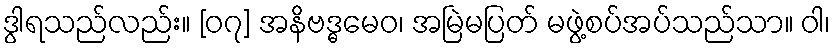
ဒွါရသည်လည်း။ [၀၇] အနိဗဒ္ဓမေဝ၊ အမြဲမပြတ် မဖွဲ့စပ်အပ်သည်သာ။ ဝါ၊